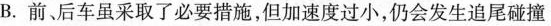
B.前、后车虽采取了必要措施，但加速度过小，仍会发生追尾碰撞